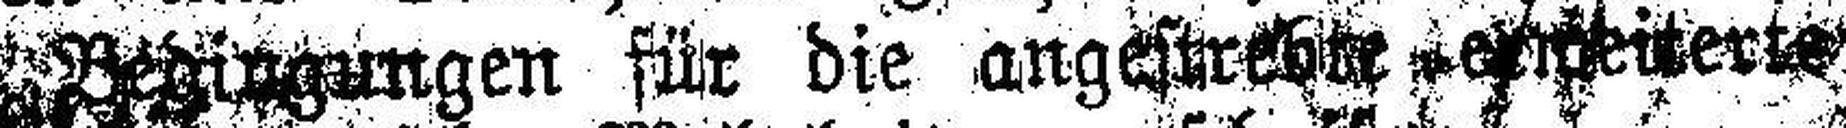
die Bedingungen für die angestrebte ###